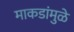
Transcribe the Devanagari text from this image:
माकडांमुळे